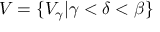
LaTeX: V = \{ V _ { \gamma } | \gamma < \delta < \beta \}